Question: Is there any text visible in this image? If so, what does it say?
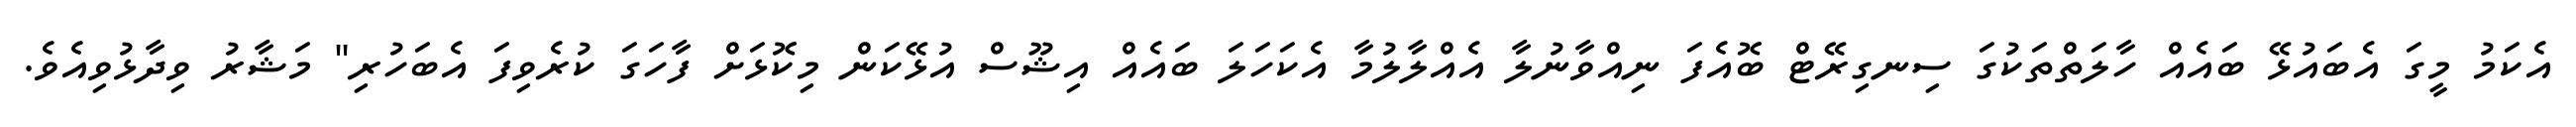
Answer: އެކަމު މީގަ އެބައުޅޭ ބައެއް ހާލަތްތަކުގަ ސިނގިރޭޓް ބޮއެފަ ނިއްވާނުލާ އެއްލާލުމާ އެކަހަލަ ބައެއް އިޝޫސް އުޅޭކަން މިކޮޅަށް ފާހަގަ ކުރެވިފަ އެބަހުރި" މަޝާރު ވިދާޅުވިއެވެ.